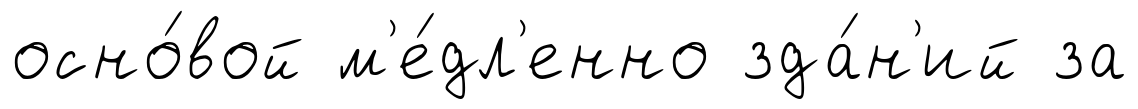
осно́вой м'е́дл'енно зда́н'ий за